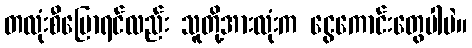
တလုံးစီပြောရင်လည်း သူတို့အားလုံးက ငွေကောင်းတွေပါပဲ။